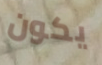
يكون